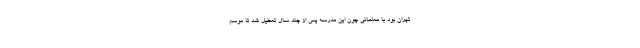
تهران بود با معلمانی چون این مدرسه پس از چند سال تعطیل شد تا موسم